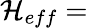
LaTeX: {\cal H}_{eff}=